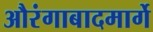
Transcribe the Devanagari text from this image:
औरंगाबादमार्गे